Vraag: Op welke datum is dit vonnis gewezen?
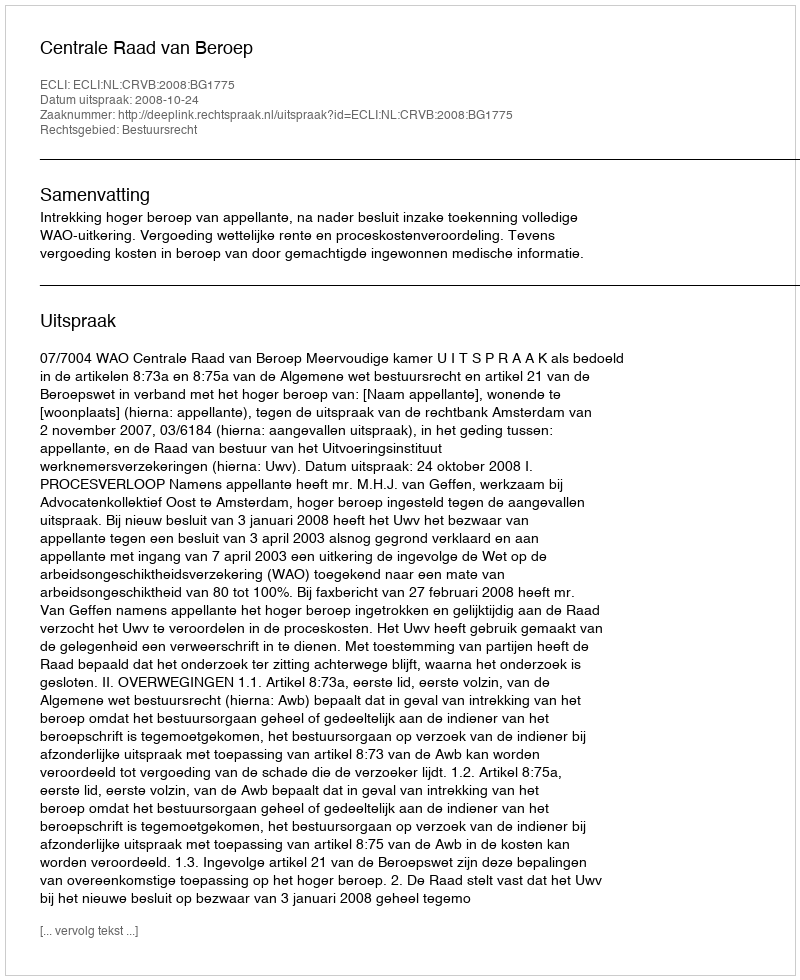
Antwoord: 2008-10-24